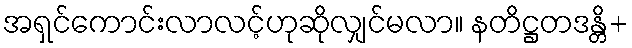
အရှင်ကောင်းလာလင့်ဟုဆိုလျှင်မလာ။ နတိဋ္ဌတဒန္တိ+